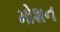
મોશન